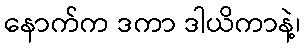
နောက်က ဒကာ ဒါယိကာနဲ့၊